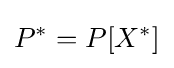
P^{*}=P[X^{*}]